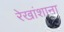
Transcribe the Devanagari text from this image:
रेखांशाना